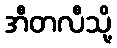
အီတလီသို့